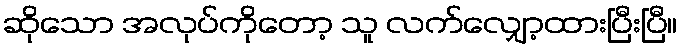
ဆိုသော အလုပ်ကိုတော့ သူ လက်လျှော့ထားပြီးပြီ။